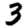
Digit: 3